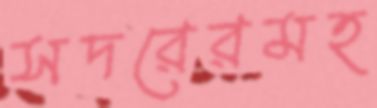
সদরেরমহ